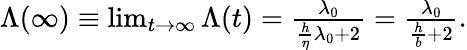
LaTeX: \begin{array}{r}{\Lambda(\infty)\equiv\operatorname*{lim}_{t\rightarrow\infty}\Lambda(t)=\frac{\lambda_{0}}{\frac{h}{\eta}\lambda_{0}+2}=\frac{\lambda_{0}}{\frac{h}{b}+2}.}\end{array}